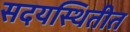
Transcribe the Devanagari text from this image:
सदयस्थितीत